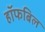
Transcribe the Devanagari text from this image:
हॉफबिल